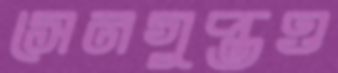
সেনগুপ্তও